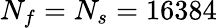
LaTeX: N_{f}=N_{s}=16384